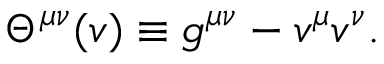
\Theta ^ { \mu \nu } ( v ) \equiv g ^ { \mu \nu } - v ^ { \mu } v ^ { \nu } .